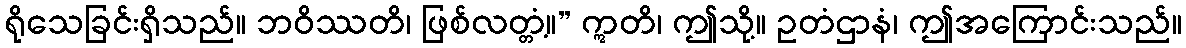
ရိုသေခြင်းရှိသည်။ ဘဝိဿတိ၊ ဖြစ်လတ္တံ့။” ဣတိ၊ ဤသို့။ ဥတံဌာနံ၊ ဤအကြောင်းသည်။